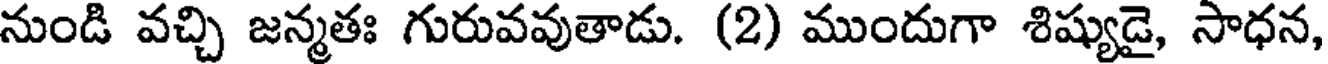
నుండి వచ్చి జన్మతః గురువవుతాడు. (2) ముందుగా శిష్యుడై, సాధన,